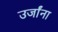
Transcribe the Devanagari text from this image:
उर्जांना